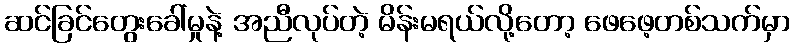
ဆင်ခြင်တွေးခေါ်မှုနဲ့ အညီလုပ်တဲ့ မိန်းမရယ်လို့တော့ ဖေဖေ့တစ်သက်မှာ